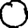
Digit: 0